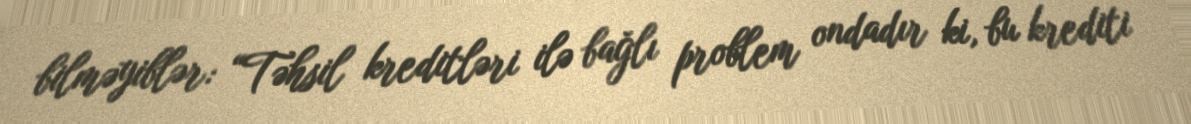
bilməyiblər: “Təhsil kreditləri ilə bağlı problem ondadır ki, bu krediti